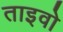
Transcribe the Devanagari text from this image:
ताइवो